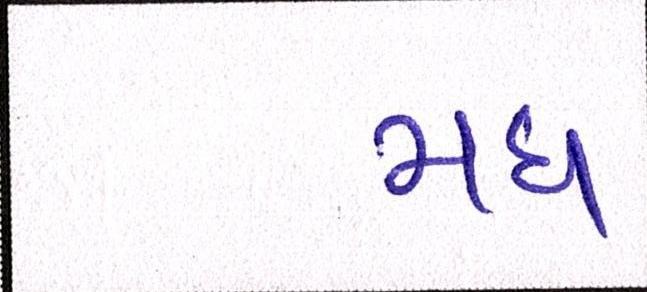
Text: મધ